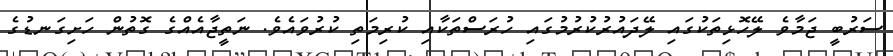
ސަރުބީ ޖަމާވެ ލޭހޮޅިތަކުގައި ލޭދައުރުކުރުމުގައި ހުރަސްތަކާއި ކުރިމަތި ކުރުވައެވެ. ނަތީޖާއެއްގެ ގޮތުން ހަށިގަނޑުގެ